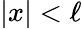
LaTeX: |x|<\ell